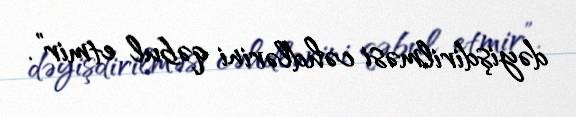
dəyişdirilməsi cəhdlərini qəbul etmir”.